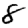
Digit: 8